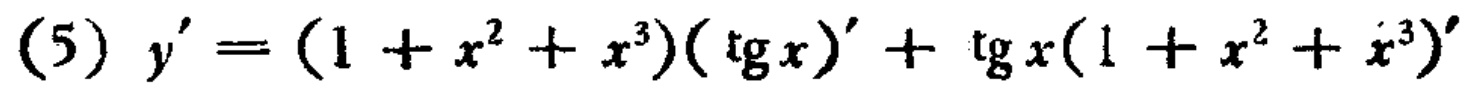
\((5) y'=(1 + x^{2}+x^{3})(\operatorname{tg}x)'+ \operatorname{tg}x(1 + x^{2}+x^{3})'\)